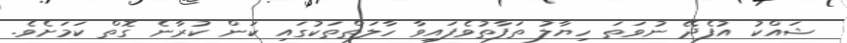
ޝައްކު އުފެދޭ ނުވަތަ ހިޔާލު ތަފާތުވެފައިވާ ހާލަތްތަކުގައި ކަން ކުރާނެ ގޮތް ކަމަށެވެ.